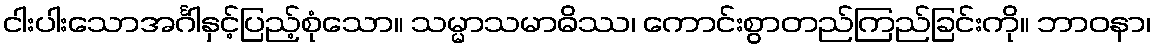
ငါးပါးသောအင်္ဂါနှင့်ပြည့်စုံသော။ သမ္မာသမာဓိဿ၊ ကောင်းစွာတည်ကြည်ခြင်းကို။ ဘာဝနာ၊